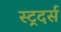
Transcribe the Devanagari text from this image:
स्ट्रदर्स